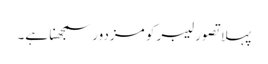
پہلا تصور لیبر کو مزدور سمجھنا ہے۔